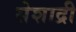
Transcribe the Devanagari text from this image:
सेशाद्री